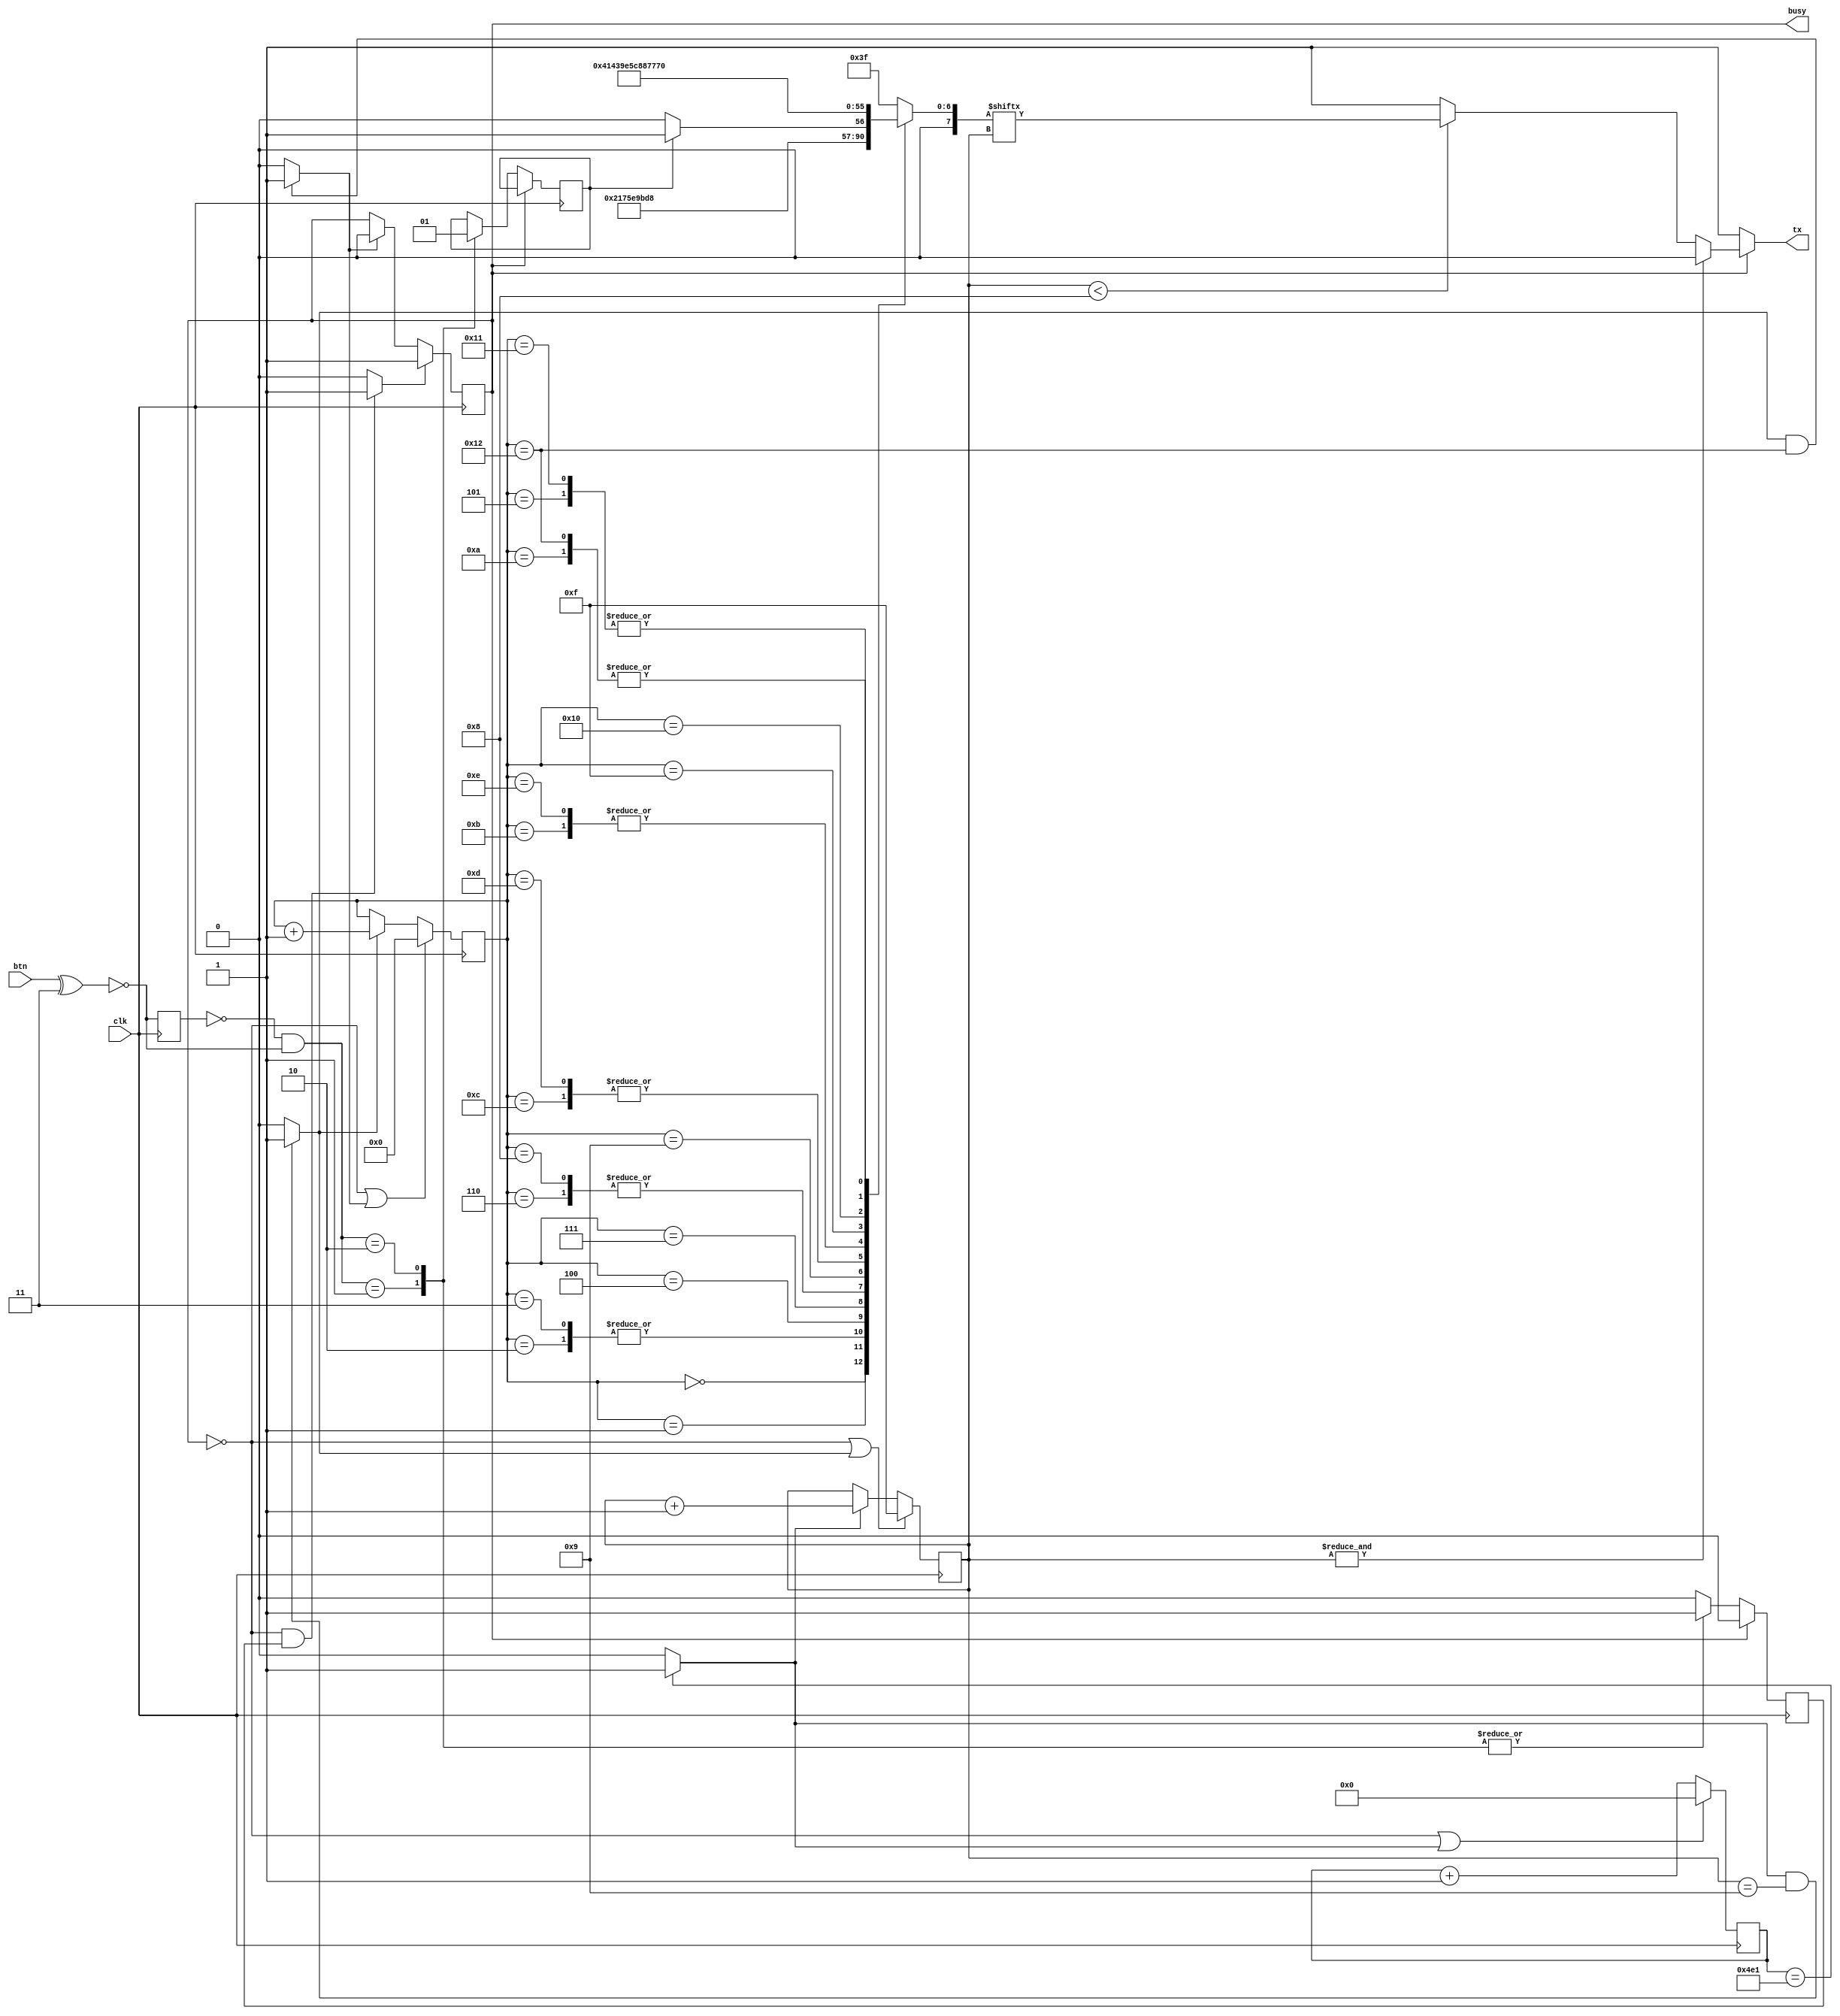
`timescale 1ns / 1ps
//////////////////////////////////////////////////////////////////////////////////
// Company: Digilent
// 
// Module Name: uart_tx 
// Description: Prints "Button # Pressed!" whenever any one button (#) is pressed
// 
// Revision:
// Revision 0.01 - File Created
// Additional Comments:
// 
//////////////////////////////////////////////////////////////////////////////////


module uart_tx #(
    parameter BAUD_2_CLOCK_RATIO = 12000000 / 9600, // frequency of clk / target baud rate 
	parameter UART_DATA_BITS = 8,
	parameter UART_STOP_BITS = 2,
	parameter BUTTON_POLARITY_VECTOR = 2'b11, // default, both buttons are active-high
	parameter BUTTON_WIDTH = 2 // non-functional for BUTTON_WIDTH != 2. valid_event process must be changed to handle different widths.
) (
    input wire clk,
    input wire [BUTTON_WIDTH-1:0] btn,
    output reg tx,
    output reg busy = 1'b0
);
    localparam STRING_LENGTH = 19;
    localparam BYTE_COUNT_WIDTH = 5; // = $clog2(STRING_LENGTH)
	
	//  CONTROLLER:
//	reg busy = 1'b0;
	reg [BUTTON_WIDTH-1:0] _btn_norm = ~BUTTON_POLARITY_VECTOR; // btn signal delayed by one cycle, for edge detection
	wire [BUTTON_WIDTH-1:0] btn_norm = ~(btn^BUTTON_POLARITY_VECTOR); // button vector normalized to active high
    wire [BUTTON_WIDTH-1:0] button_posedge = ~_btn_norm & btn_norm; // each bit is 1'b1 if that button has just been pressed
	reg valid_event = 1'b0; // NOTE: if both buttons are pressed at the same time, each event will be missed
	wire start = (busy == 1'b0 && valid_event == 1'b1) ? 1'b1 : 1'b0; // NOTE: if a press is detected while the controller is busy, the event will be missed
	
	//  COUNTERS:
	//  pseudo for counters:
	//	    for byte_count in range(STRING_LENGTH)
	//      for bit_count in range(-1, UART_DATA_BITS+UART_STOP_BITS-1)
	//      for cd_count in range(BAUD_2_CLOCK_RATIO)
	reg [$clog2(BAUD_2_CLOCK_RATIO)-1:0] cd_count; // clock divider counter, rolls over at approx. target baud rate 
	reg [$clog2(UART_DATA_BITS+UART_STOP_BITS+1)-1:0] bit_count; // uart frame bit counter
	reg [BYTE_COUNT_WIDTH-1:0] byte_count; // string index counter
	wire end_of_bit = (cd_count == BAUD_2_CLOCK_RATIO-1) ? 1'b1 : 1'b0;
	wire end_of_byte = (end_of_bit == 1'b1 && bit_count == UART_DATA_BITS+UART_STOP_BITS-1) ? 1'b1 : 1'b0;
	wire end_of_string = (end_of_byte == 1'b1 && byte_count == STRING_LENGTH-1) ? 1'b1 : 1'b0;
	
	// DATA:
	reg [UART_DATA_BITS-1:0] data = 'b0; // character to be sent over UART
	reg r_btn_event = 1'b0; // contains the ID of the pressed button    

	// CONTROLLER LOGIC:
    always@(posedge clk)
        _btn_norm <= btn_norm;
        
    always@(posedge clk) // register event code for decoding into button ID character
        if (busy == 1'b0)
            case (button_posedge)
            2'b01: begin
                valid_event <= 1'b1;
                r_btn_event <= 1'b0;
            end
            2'b10: begin
                valid_event <= 1'b1;
                r_btn_event <= 1'b1;
            end
            default:
                valid_event <= 1'b0;
            endcase
        else
            valid_event <= 1'b0;
	
	always@(busy, bit_count, data)
		if (busy == 1'b0) // hold tx high when not in use
			tx = 1'b1;
		else if (&bit_count == 1'b1) // START BIT (bit_count == -1)
			tx = 1'b0;
		else if (bit_count < UART_DATA_BITS) // DATA BITS
			tx = data[bit_count];
		else // STOP BITS
			tx = 1'b1;
	
    always@(posedge clk)
        if (start == 1'b1)
            busy <= 1'b1;
        else if (end_of_string == 1'b1)
            busy <= 1'b0;
        else
            busy <= busy;
			
	// COUNTERS LOGIC:
	// each counter is configured to roll over at the applicable end_of_* signal, and reset when the transmitter is not busy
	always@(posedge clk)
		if (busy == 1'b0 || end_of_bit == 1'b1)
			cd_count <= 'b0;
		else
			cd_count <= cd_count + 1'b1;
	
	always@(posedge clk)
		if (busy == 1'b0 || end_of_byte == 1'b1)
			bit_count <= ~'b0; // bit_count = -1
		else if (end_of_bit == 1'b1)
			bit_count <= bit_count + 1;
	
	always@(posedge clk)
		if (busy == 1'b0 || end_of_string == 1'b1)
			byte_count <= 'b0;
		else if (end_of_byte == 1'b1)
			byte_count <= byte_count + 1;
        
	// DATA LOGIC:			
	always@(byte_count, r_btn_event) // select a character to send
		case (byte_count)
		0: data <= "B";
		1: data <= "u";
		2: data <= "t";
		3: data <= "t";
		4: data <= "o";
		5: data <= "n";
		6: data <= " ";
		7: data <= (r_btn_event == 1'b1) ? "1" : "0"; // button "0" or "1"
		8: data <= " ";
		9: data <= "P";
		10: data <= "r";
		11: data <= "e";
		12: data <= "s";
		13: data <= "s";
		14: data <= "e";
		15: data <= "d";
		16: data <= "!";
		17: data <= "\n";
		18: data <= "\r";
		default: data <= "?"; // unreachable code
		endcase
	
endmodule